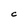
Character: C